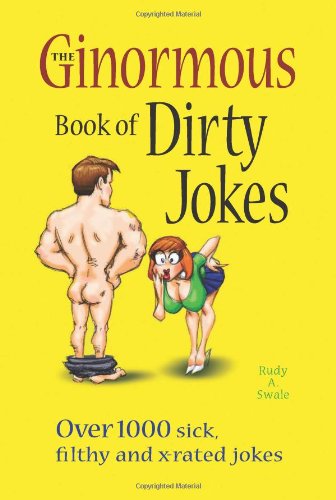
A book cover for The Ginormous Book of Dirty Jokes: Over 1,000 Sick, Filthy and X-Rated Jokes; Rudy A. Swale; Humor & Entertainment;